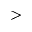
>